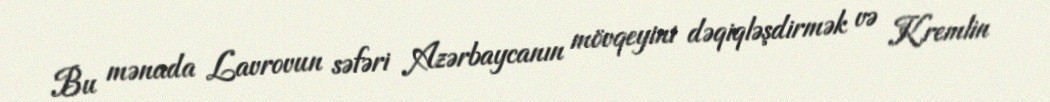
Bu mənada Lavrovun səfəri Azərbaycanın mövqeyini dəqiqləşdirmək və Kremlin